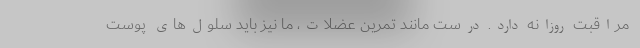
مراقبت روزانه دارد. درست مانند تمرین عضلات، ما نیز باید سلول‌های پوست